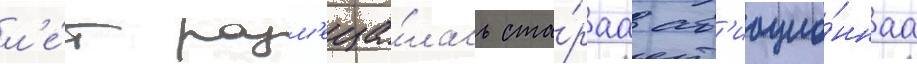
л'е́т разм'еща́лась ста́раа ав'иацио́ннаа